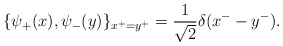
\begin{align*}\{\psi_+(x), \psi_-(y)\}_{x^+=y^+}=\frac{1}{\sqrt 2}\delta(x^--y^-).\end{align*}